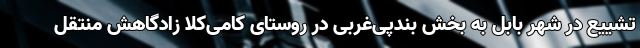
تشییع در شهر بابل به بخش بندپی‌غربی در روستای کامی‌کلا زادگاهش منتقل